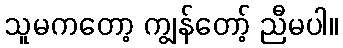
သူမကတော့ ကျွန်တော့် ညီမပါ။